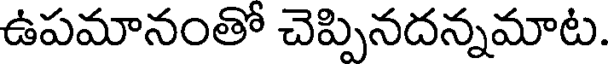
ఉపమానంతో చెప్పినదన్నమాట.